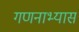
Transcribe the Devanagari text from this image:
गणनाभ्यास